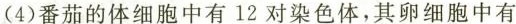
(4)番茄的体细胞中有12对染色体，其卵细胞中有